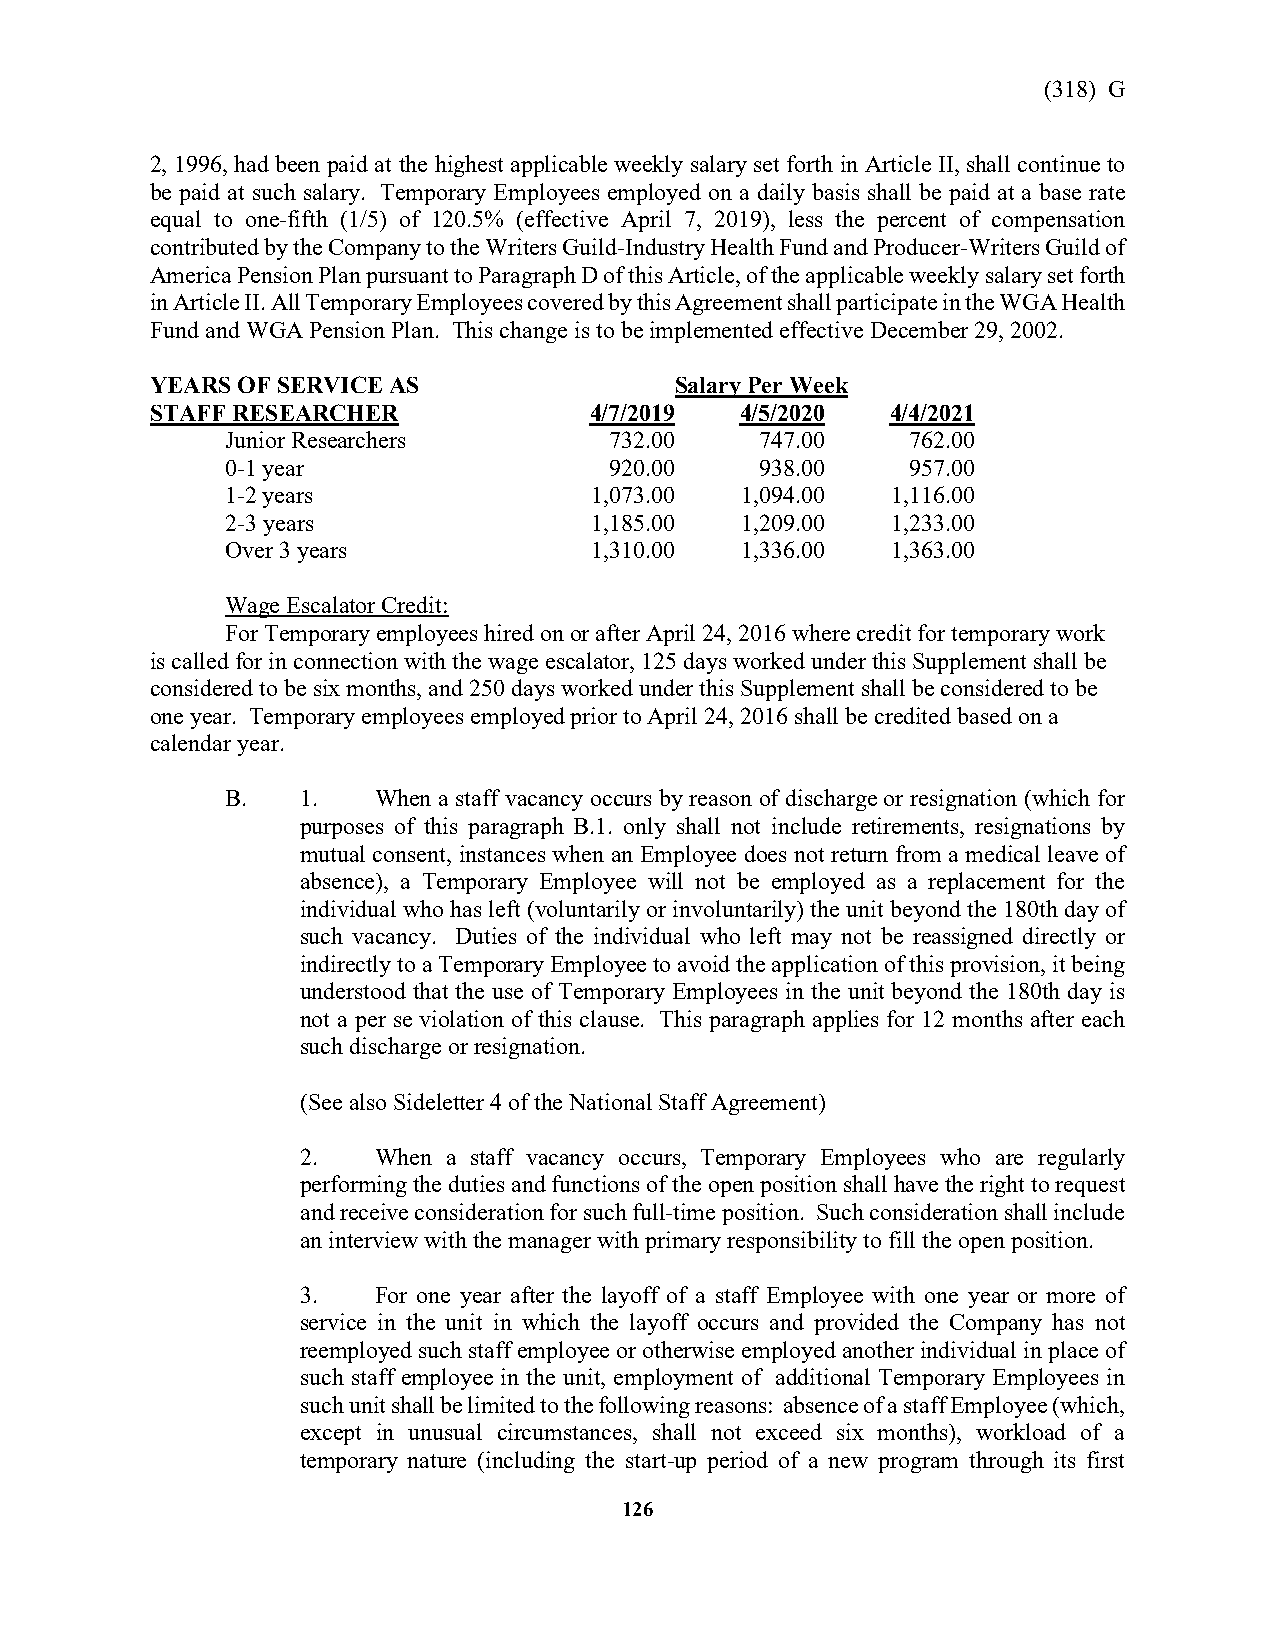
(318) G
 2, 1996, had been paid at the highest applicable weekly salary set forth in Article II, shall continue to
 be paid at such salary. Temporary Employees employed on a daily basis shall be paid at a base rate
 equal to one-fifth (1/5) of 120.5% (effective April 7, 2019), less the percent of compensation
 contributed by the Company to the Writers Guild-Industry Health Fund and Producer-Writers Guild of
 America Pension Plan pursuant to Paragraph D of this Article, of the applicable weekly salary set forth
 in Article II. All Temporary Employees covered by this Agreement shall participate in the WGA Health
 Fund and WGA Pension Plan. This change is to be implemented effective December 29, 2002.
 YEARS OF SERVICE AS                Salary Per Week
 STAFF RESEARCHER             4/7/2019  4/5/2020  4/4/2021
 Junior Researchers       732.00    747.00    762.00
 0-1 year                 920.00    938.00    957.00
 1-2 years               1,073.00  1,094.00  1,116.00
 2-3 years               1,185.00  1,209.00  1,233.00
 Over 3 years            1,310.00  1,336.00  1,363.00
 Wage Escalator Credit:
 For Temporary employees hired on or after April 24, 2016 where credit for temporary work
 is called for in connection with the wage escalator, 125 days worked under this Supplement shall be
 considered to be six months, and 250 days worked under this Supplement shall be considered to be
 one year. Temporary employees employed prior to April 24, 2016 shall be credited based on a
 calendar year.
 B.   1.   When a staff vacancy occurs by reason of discharge or resignation (which for
 purposes of this paragraph B.1. only shall not include retirements, resignations by
 mutual consent, instances when an Employee does not return from a medical leave of
 absence), a Temporary Employee will not be employed as a replacement for the
 individual who has left (voluntarily or involuntarily) the unit beyond the 180th day of
 such vacancy. Duties of the individual who left may not be reassigned directly or
 indirectly to a Temporary Employee to avoid the application of this provision, it being
 understood that the use of Temporary Employees in the unit beyond the 180th day is
 not a per se violation of this clause. This paragraph applies for 12 months after each
 such discharge or resignation.
 (See also Sideletter 4 of the National Staff Agreement)
 2.   When a staff vacancy occurs, Temporary Employees who are regularly
 performing the duties and functions of the open position shall have the right to request
 and receive consideration for such full-time position. Such consideration shall include
 an interview with the manager with primary responsibility to fill the open position.
 3.   For one year after the layoff of a staff Employee with one year or more of
 service in the unit in which the layoff occurs and provided the Company has not
 reemployed such staff employee or otherwise employed another individual in place of
 such staff employee in the unit, employment of additional Temporary Employees in
 such unit shall be limited to the following reasons: absence of a staff Employee (which,
 except in unusual circumstances, shall not exceed six months), workload of a
 temporary nature (including the start-up period of a new program through its first
 126